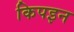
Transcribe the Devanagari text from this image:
किपइन